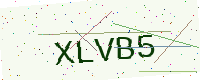
Text: XLVB5